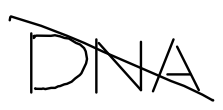
Text: DNA
Cross-out: diagonal
Writing tool: digital_black